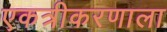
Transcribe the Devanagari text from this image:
एकत्रीकरणाला